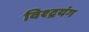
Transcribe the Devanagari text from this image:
विश्द्रयंग